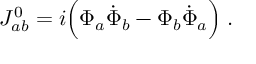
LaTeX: J _ { a b } ^ { 0 } = i \Big ( \Phi _ { a } \dot { \Phi } _ { b } - \Phi _ { b } \dot { \Phi } _ { a } \Big ) \; .